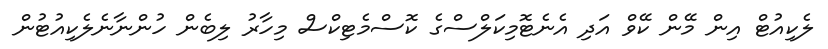
ލެކިއުޓް އިން މޭން ކޭވް އަދި އެނެޓޮމިކަލްސްގެ ކޮސްމެޓިކްސް މިހާރު ލިބެން ހުންނާނެލެކިއުޓުން